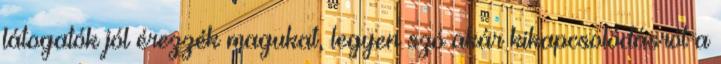
látogatók jól érezzék magukat, legyen szó akár kikapcsolódásról a